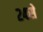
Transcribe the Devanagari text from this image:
२४से